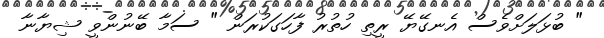
" ބުޅަލަށްވެސް އެނގޭޔޭ ރީތި ހުތުރު ފާހަގަކުރަން " ސަމާ ބޭނުންވީ ޝިޔާނާ